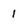
Character: 1